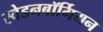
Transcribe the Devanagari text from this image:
स्वेडनबॉर्गियन